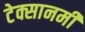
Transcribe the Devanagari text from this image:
टेक्सानमी